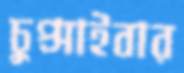
চুপ্‌সাইবার